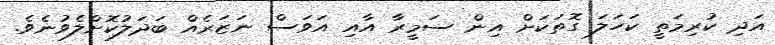
އަދި ކުރިމަތީ ކަހަލަ ގޮތަކަށް އިން ސަމީރާ އާއި އަވަސް ނަޒަރެއް ބަދަލުކޮށްލެވުނެވެ.